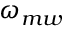
\omega _ { m w }